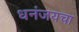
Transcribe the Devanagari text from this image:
धनंजयचा